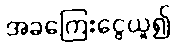
အခကြေးငွေယူ၍